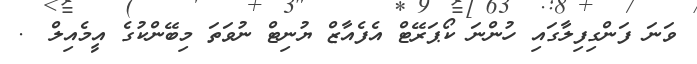
ވަނަ ފަންގިފިލާގައި ހުންނަ ކޯޕަރޭޓް އެފެއާޒް ޔުނިޓް ނުވަތަ މިބޭންކުގެ އީމެއިލް @.